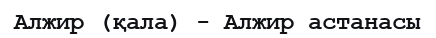
Алжир (қала) - Алжир астанасы